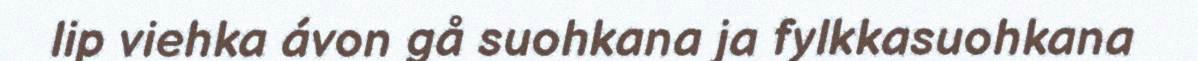
lip viehka ávon gå suohkana ja fylkkasuohkana